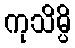
ကုသိမ္ပိ